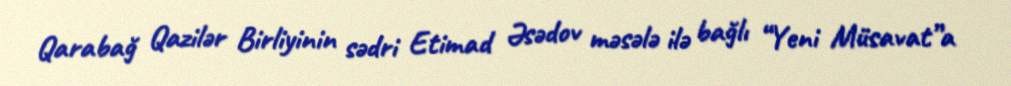
Qarabağ Qazilər Birliyinin sədri Etimad Əsədov məsələ ilə bağlı “Yeni Müsavat”a